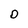
Character: D